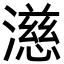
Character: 濨